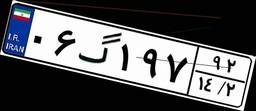
۰۶گ۱۹۷۹۲